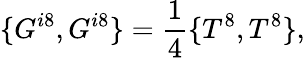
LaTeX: \{ G^{i8},G^{i8}\} ={\frac{1}{4}}\{ T^{8},T^{8}\} ,